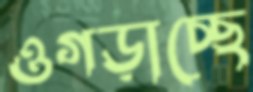
ওগড়াচ্ছে